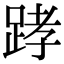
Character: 踍